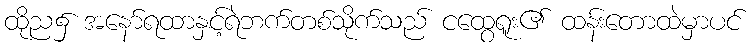
ထိုည၌ အနော်ရထာနှင့်ရဲဘက်တစ်သိုက်သည် ငထွေရူး၏ ထန်းတောထဲမှာပင်